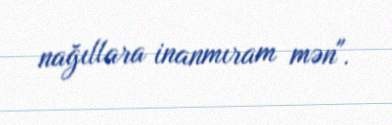
nağıllara inanmıram mən".